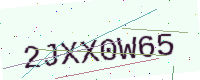
Text: 2JXX0W65